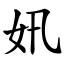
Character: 㚨